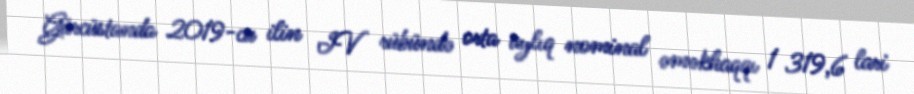
Gürcüstanda 2019-cu ilin IV rübündə orta aylıq nominal əməkhaqqı 1 319,6 lari